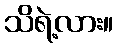
သိရဲ့လား။